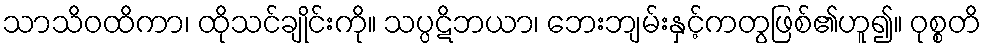
သာသိဝထိကာ၊ ထိုသင်ချိုင်းကို။ သပ္ပဋိဘယာ၊ ဘေးဘျမ်းနှင့်ကတွဖြစ်၏ဟူ၍။ ဝုစ္စတိ